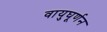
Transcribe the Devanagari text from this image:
वायुघूर्णन